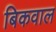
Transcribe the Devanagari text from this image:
बिकवाल